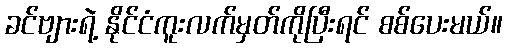
ခင်ဗျားရဲ့ နိုင်ငံကူးလက်မှတ်ကိုပြီးရင် စစ်ပေးမယ်။